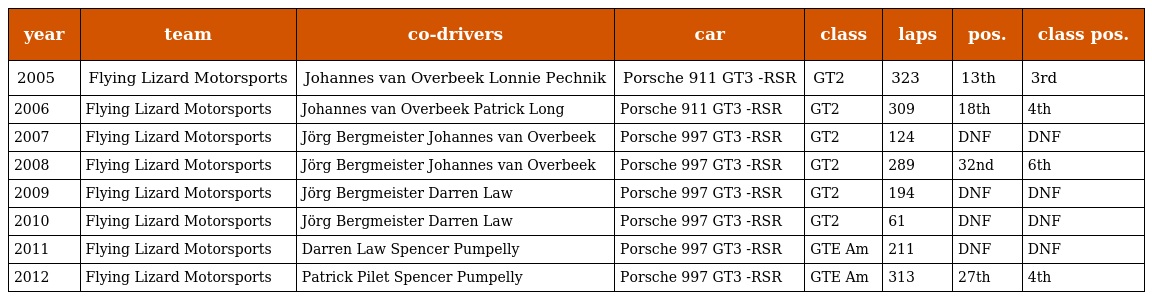
| year | team | co-drivers | car | class | laps | pos. | class pos. |
 | --- | --- | --- | --- | --- | --- | --- | --- |
 | 2005 | Flying Lizard Motorsports | Johannes van Overbeek Lonnie Pechnik | Porsche 911 GT3 -RSR | GT2 | 323 | 13th | 3rd |
 | 2006 | Flying Lizard Motorsports | Johannes van Overbeek Patrick Long | Porsche 911 GT3 -RSR | GT2 | 309 | 18th | 4th |
 | 2007 | Flying Lizard Motorsports | Jörg Bergmeister Johannes van Overbeek | Porsche 997 GT3 -RSR | GT2 | 124 | DNF | DNF |
 | 2008 | Flying Lizard Motorsports | Jörg Bergmeister Johannes van Overbeek | Porsche 997 GT3 -RSR | GT2 | 289 | 32nd | 6th |
 | 2009 | Flying Lizard Motorsports | Jörg Bergmeister Darren Law | Porsche 997 GT3 -RSR | GT2 | 194 | DNF | DNF |
 | 2010 | Flying Lizard Motorsports | Jörg Bergmeister Darren Law | Porsche 997 GT3 -RSR | GT2 | 61 | DNF | DNF |
 | 2011 | Flying Lizard Motorsports | Darren Law Spencer Pumpelly | Porsche 997 GT3 -RSR | GTE Am | 211 | DNF | DNF |
 | 2012 | Flying Lizard Motorsports | Patrick Pilet Spencer Pumpelly | Porsche 997 GT3 -RSR | GTE Am | 313 | 27th | 4th |